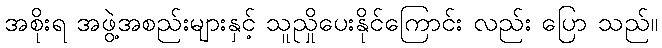
အစိုးရ အဖွဲ့အစည်းများနှင့် သူညှိုပေးနိုင်ကြောင်း လည်း ပြော သည်။